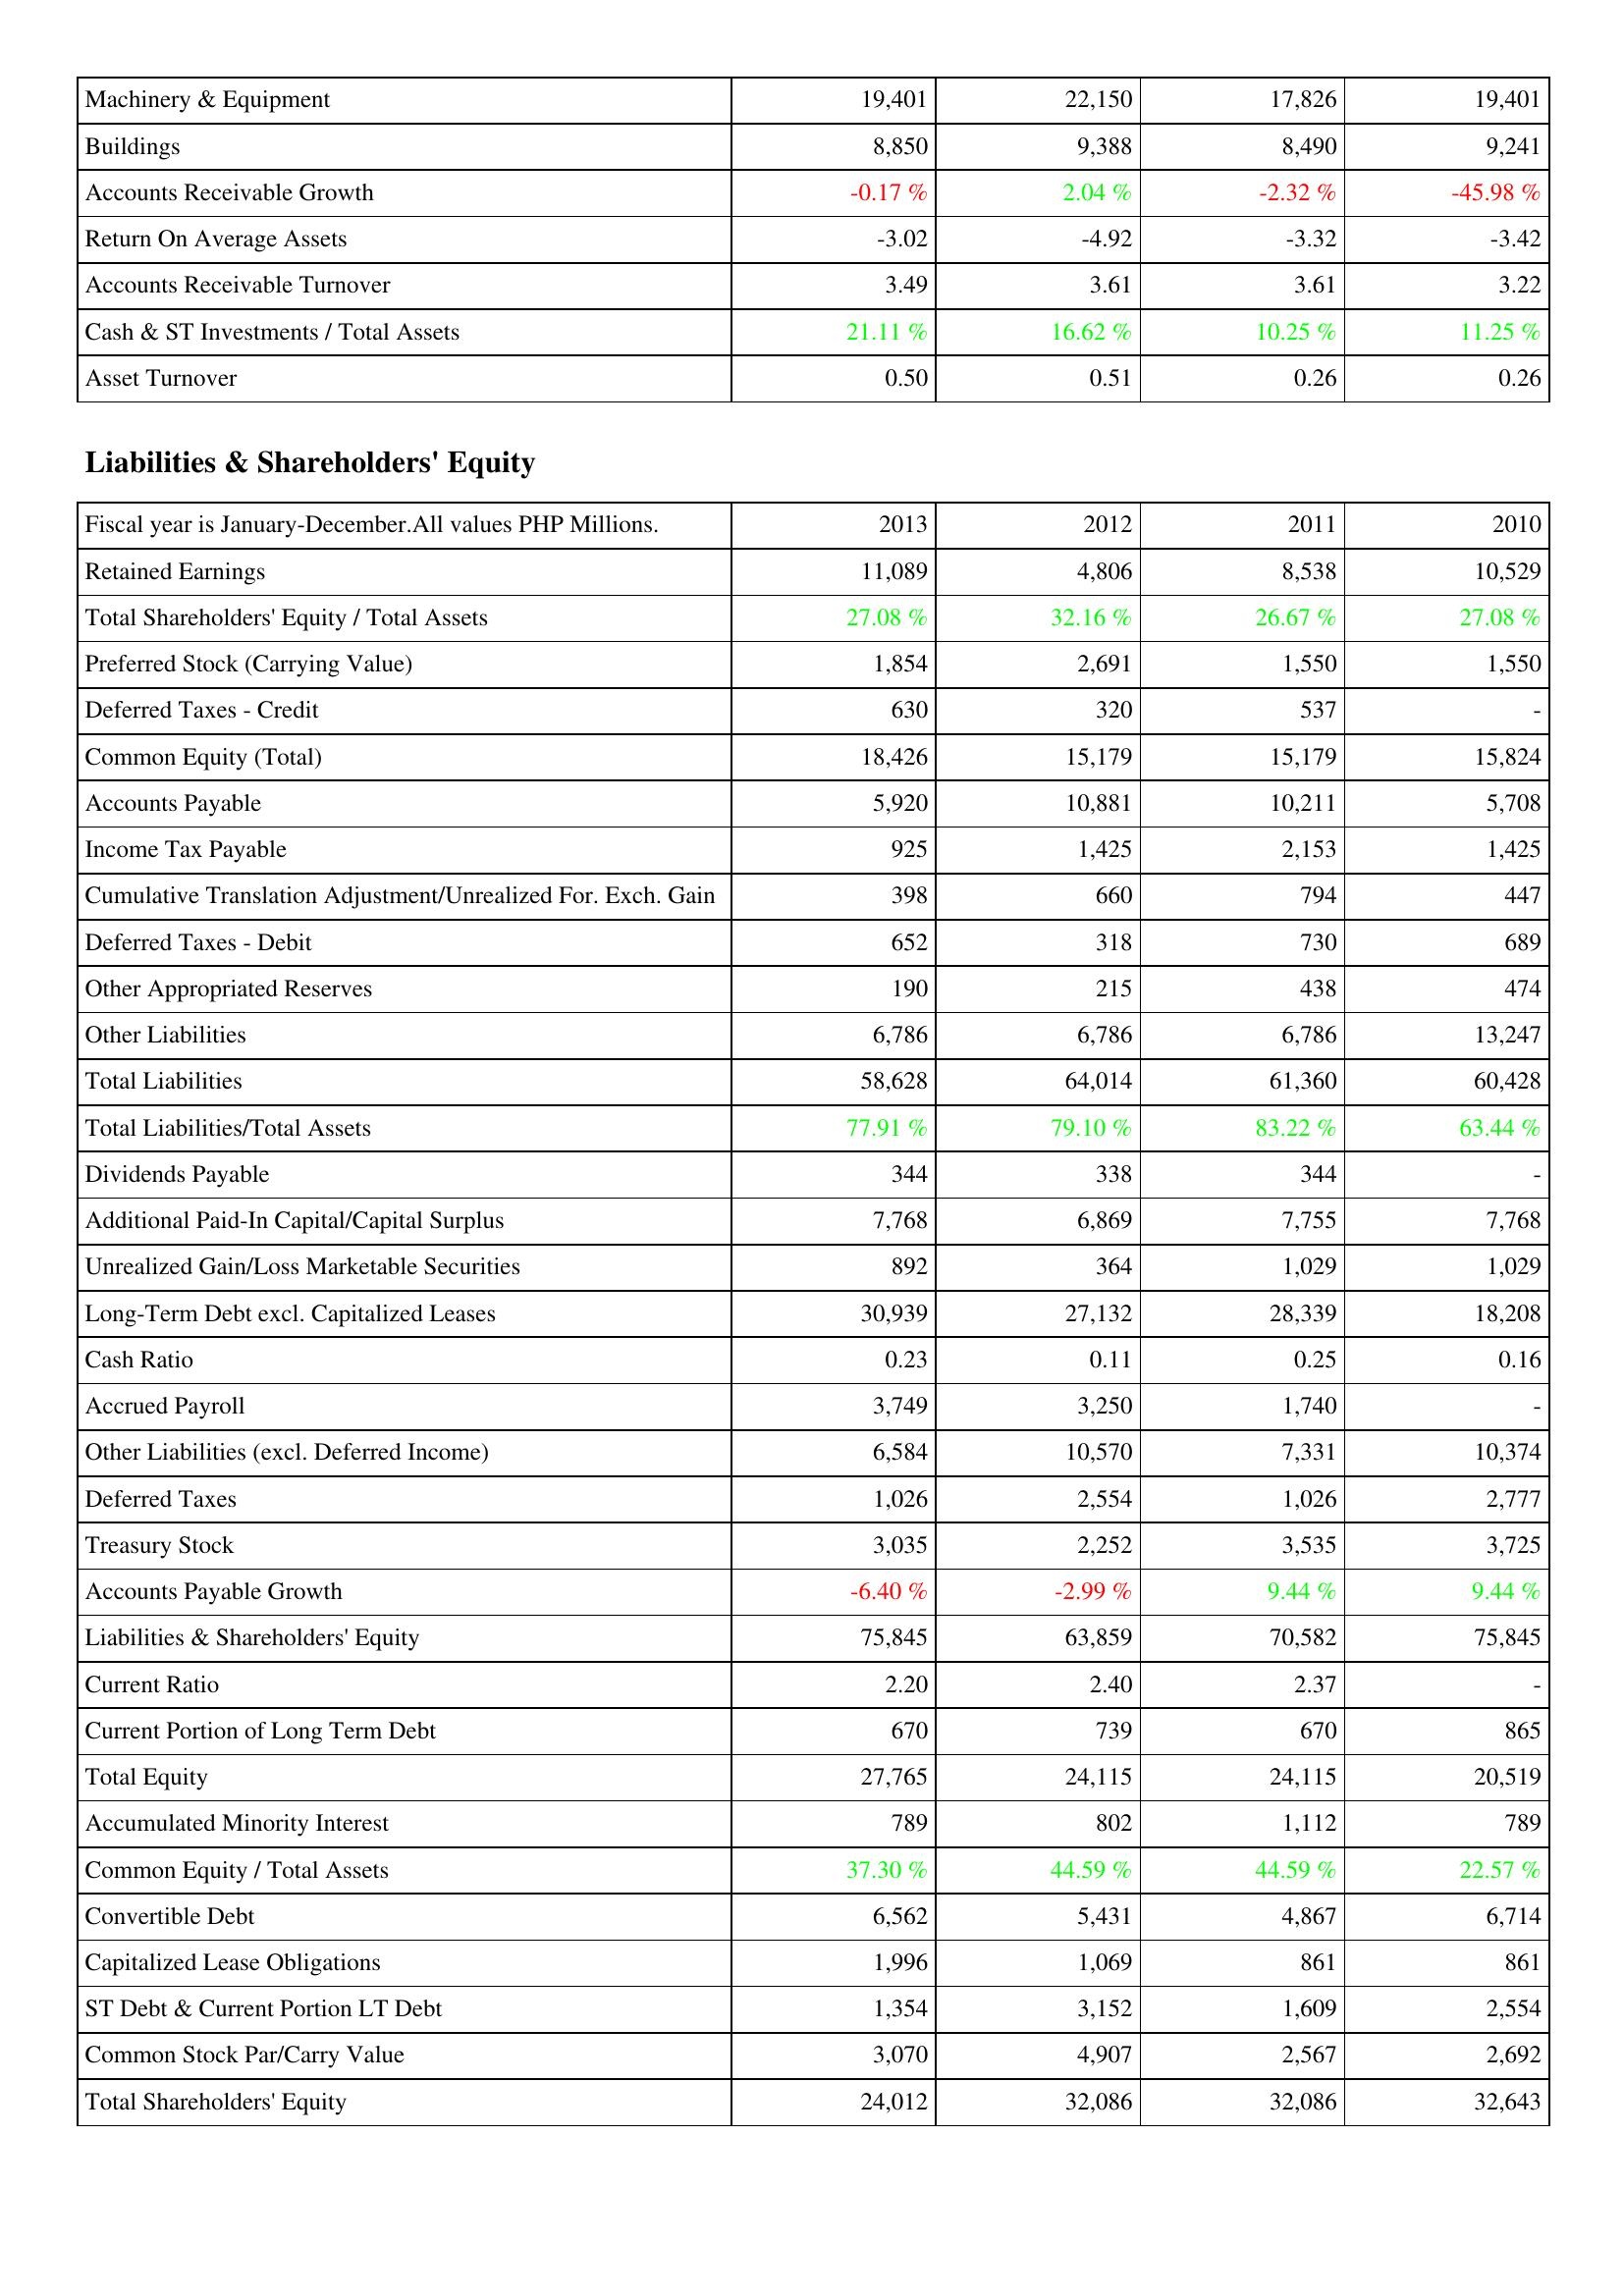
2013: Assets: Machinery & Equipment: 19,401
Buildings: 8,850
Accounts Receivable Growth: -0.17 %
Return On Average Assets: -3.02
Accounts Receivable Turnover: 3.49
Cash & ST Investments / Total Assets: 21.11 %
Asset Turnover: 0.50
Liabilities & Shareholders' Equity: Retained Earnings: 11,089
Total Shareholders' Equity / Total Assets: 27.08 %
Preferred Stock (Carrying Value): 1,854
Deferred Taxes - Credit: 630
Common Equity (Total): 18,426
Accounts Payable: 5,920
Income Tax Payable: 925
Cumulative Translation Adjustment/Unrealized For. Exch. Gain: 398
Deferred Taxes - Debit: 652
Other Appropriated Reserves: 190
Other Liabilities: 6,786
Total Liabilities: 58,628
Total Liabilities/Total Assets: 77.91 %
Dividends Payable: 344
Additional Paid-In Capital/Capital Surplus: 7,768
Unrealized Gain/Loss Marketable Securities: 892
Long-Term Debt excl. Capitalized Leases: 30,939
Cash Ratio: 0.23
Accrued Payroll: 3,749
Other Liabilities (excl. Deferred Income): 6,584
Deferred Taxes: 1,026
Treasury Stock: 3,035
Accounts Payable Growth: -6.40 %
Liabilities & Shareholders' Equity: 75,845
Current Ratio: 2.20
Current Portion of Long Term Debt: 670
Total Equity: 27,765
Accumulated Minority Interest: 789
Common Equity / Total Assets: 37.30 %
Convertible Debt: 6,562
Capitalized Lease Obligations: 1,996
ST Debt & Current Portion LT Debt: 1,354
Common Stock Par/Carry Value: 3,070
Total Shareholders' Equity: 24,012
2012: Assets: Machinery & Equipment: 22,150
Buildings: 9,388
Accounts Receivable Growth: 2.04 %
Return On Average Assets: -4.92
Accounts Receivable Turnover: 3.61
Cash & ST Investments / Total Assets: 16.62 %
Asset Turnover: 0.51
Liabilities & Shareholders' Equity: Retained Earnings: 4,806
Total Shareholders' Equity / Total Assets: 32.16 %
Preferred Stock (Carrying Value): 2,691
Deferred Taxes - Credit: 320
Common Equity (Total): 15,179
Accounts Payable: 10,881
Income Tax Payable: 1,425
Cumulative Translation Adjustment/Unrealized For. Exch. Gain: 660
Deferred Taxes - Debit: 318
Other Appropriated Reserves: 215
Other Liabilities: 6,786
Total Liabilities: 64,014
Total Liabilities/Total Assets: 79.10 %
Dividends Payable: 338
Additional Paid-In Capital/Capital Surplus: 6,869
Unrealized Gain/Loss Marketable Securities: 364
Long-Term Debt excl. Capitalized Leases: 27,132
Cash Ratio: 0.11
Accrued Payroll: 3,250
Other Liabilities (excl. Deferred Income): 10,570
Deferred Taxes: 2,554
Treasury Stock: 2,252
Accounts Payable Growth: -2.99 %
Liabilities & Shareholders' Equity: 63,859
Current Ratio: 2.40
Current Portion of Long Term Debt: 739
Total Equity: 24,115
Accumulated Minority Interest: 802
Common Equity / Total Assets: 44.59 %
Convertible Debt: 5,431
Capitalized Lease Obligations: 1,069
ST Debt & Current Portion LT Debt: 3,152
Common Stock Par/Carry Value: 4,907
Total Shareholders' Equity: 32,086
2011: Assets: Machinery & Equipment: 17,826
Buildings: 8,490
Accounts Receivable Growth: -2.32 %
Return On Average Assets: -3.32
Accounts Receivable Turnover: 3.61
Cash & ST Investments / Total Assets: 10.25 %
Asset Turnover: 0.26
Liabilities & Shareholders' Equity: Retained Earnings: 8,538
Total Shareholders' Equity / Total Assets: 26.67 %
Preferred Stock (Carrying Value): 1,550
Deferred Taxes - Credit: 537
Common Equity (Total): 15,179
Accounts Payable: 10,211
Income Tax Payable: 2,153
Cumulative Translation Adjustment/Unrealized For. Exch. Gain: 794
Deferred Taxes - Debit: 730
Other Appropriated Reserves: 438
Other Liabilities: 6,786
Total Liabilities: 61,360
Total Liabilities/Total Assets: 83.22 %
Dividends Payable: 344
Additional Paid-In Capital/Capital Surplus: 7,755
Unrealized Gain/Loss Marketable Securities: 1,029
Long-Term Debt excl. Capitalized Leases: 28,339
Cash Ratio: 0.25
Accrued Payroll: 1,740
Other Liabilities (excl. Deferred Income): 7,331
Deferred Taxes: 1,026
Treasury Stock: 3,535
Accounts Payable Growth: 9.44 %
Liabilities & Shareholders' Equity: 70,582
Current Ratio: 2.37
Current Portion of Long Term Debt: 670
Total Equity: 24,115
Accumulated Minority Interest: 1,112
Common Equity / Total Assets: 44.59 %
Convertible Debt: 4,867
Capitalized Lease Obligations: 861
ST Debt & Current Portion LT Debt: 1,609
Common Stock Par/Carry Value: 2,567
Total Shareholders' Equity: 32,086
2010: Assets: Machinery & Equipment: 19,401
Buildings: 9,241
Accounts Receivable Growth: -45.98 %
Return On Average Assets: -3.42
Accounts Receivable Turnover: 3.22
Cash & ST Investments / Total Assets: 11.25 %
Asset Turnover: 0.26
Liabilities & Shareholders' Equity: Retained Earnings: 10,529
Total Shareholders' Equity / Total Assets: 27.08 %
Preferred Stock (Carrying Value): 1,550
Deferred Taxes - Credit: -
Common Equity (Total): 15,824
Accounts Payable: 5,708
Income Tax Payable: 1,425
Cumulative Translation Adjustment/Unrealized For. Exch. Gain: 447
Deferred Taxes - Debit: 689
Other Appropriated Reserves: 474
Other Liabilities: 13,247
Total Liabilities: 60,428
Total Liabilities/Total Assets: 63.44 %
Dividends Payable: -
Additional Paid-In Capital/Capital Surplus: 7,768
Unrealized Gain/Loss Marketable Securities: 1,029
Long-Term Debt excl. Capitalized Leases: 18,208
Cash Ratio: 0.16
Accrued Payroll: -
Other Liabilities (excl. Deferred Income): 10,374
Deferred Taxes: 2,777
Treasury Stock: 3,725
Accounts Payable Growth: 9.44 %
Liabilities & Shareholders' Equity: 75,845
Current Ratio: -
Current Portion of Long Term Debt: 865
Total Equity: 20,519
Accumulated Minority Interest: 789
Common Equity / Total Assets: 22.57 %
Convertible Debt: 6,714
Capitalized Lease Obligations: 861
ST Debt & Current Portion LT Debt: 2,554
Common Stock Par/Carry Value: 2,692
Total Shareholders' Equity: 32,643